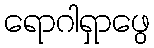
ရောဂါရှာဖွေ